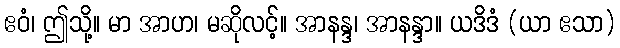
ဧဝံ၊ ဤသို့။ မာ အာဟ၊ မဆိုလင့်။ အာနန္ဒ၊ အာနန္ဒာ။ ယဒိဒံ (ယာ ဧသာ)